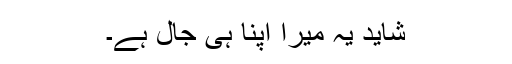
شاید یہ میرا اپنا ہی جال ہے۔